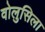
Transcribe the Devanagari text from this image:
वोलुसिला